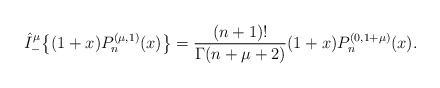
\begin{align*}\hat I_{-}^\mu \big\{(1+x) P_n^{(\mu,1)}(x)\big\}=\frac{(n+1)!}{\Gamma(n+\mu+2)}(1+x)P_n^{(0,1+\mu)}(x).\end{align*}